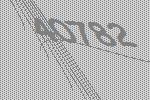
40782